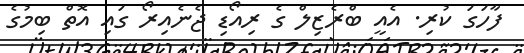
ފާހަގަ ކުރި. އެއީ ބްރެޒިލް ގެ ރިއޯޑި ޖެނެއިރޯ ގައި އޮތް ބިމުގެ